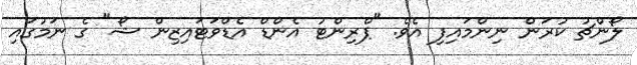
ލޯންޗު ކުރަން ނިންމައިފި އެވެ. "ޕްރިންޓު އެންޑް އެޑްވަޓައިޒިން ޝޯ" ގެ ނަމުގައި